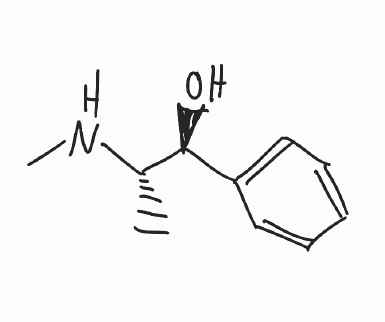
Simplified molecular-input line-entry system (SMILES) notation of the given molecule:
C[C@@H]([C@H](C1=CC=CC=C1)O)NC